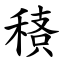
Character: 䅩